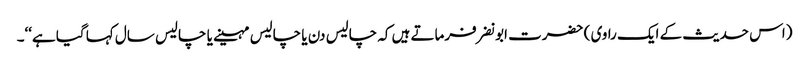
(اس حدیث کے ایک راوی ) حضرت ابونضر فرماتے ہیں کہ چالیس دن یا چالیس مہینے یا چالیس سال کہا گیا ہے‘‘۔